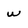
Character: w